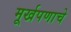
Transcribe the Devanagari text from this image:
मूर्खपणाचे